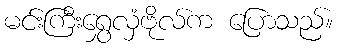
မင်းကြီးရွှေလှံဗိုလ်က ပြောသည်။